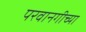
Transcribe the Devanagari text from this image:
परवानगीच्या